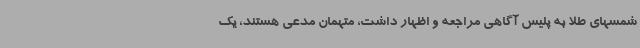
شمسهای طلا به پلیس آگاهی مراجعه و اظهار داشت، متهمان مدعی هستند، یک